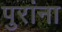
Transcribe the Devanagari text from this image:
पुरांना